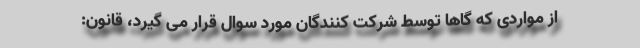
از مواردی که گاها توسط شرکت کنندگان مورد سوال قرار می گیرد، قانون: